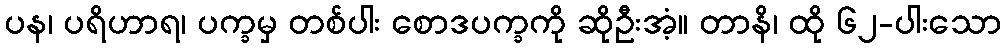
ပန၊ ပရိဟာရ၊ ပက္ခမှ တစ်ပါး စောဒပက္ခကို ဆိုဦးအံ့။ တာနိ၊ ထို ၆၂-ပါးသော